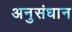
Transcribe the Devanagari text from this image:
अनुसंधान